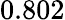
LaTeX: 0.802